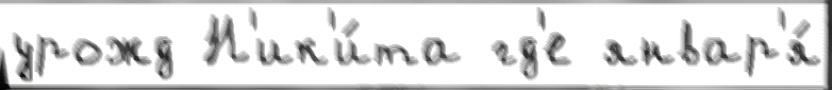
урожд Н'ик'и́та гд'е январ'я́